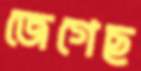
জেগেছ